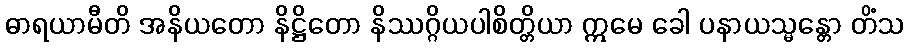
ဓာရယာမီတိ အနိယတော နိဋ္ဌိတော နိဿဂ္ဂိယပါစိတ္တိယာ ဣမေ ခေါ ပနာယသ္မန္တော တိံသ